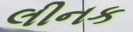
લીનક